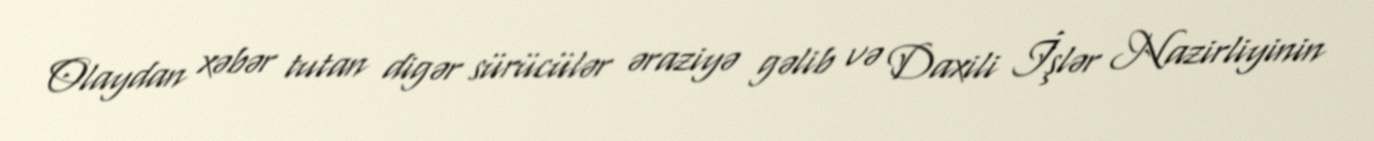
Olaydan xəbər tutan digər sürücülər əraziyə gəlib və Daxili İşlər Nazirliyinin